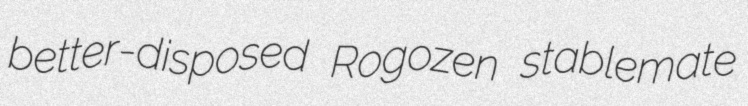
better-disposed Rogozen stablemate